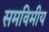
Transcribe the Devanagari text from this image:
समविमीय